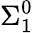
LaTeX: \Sigma_{1}^{0}